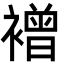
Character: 䙢